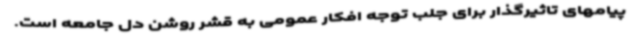
پیامهای تاثیرگذار برای جلب توجه افکار عمومی به قشر روشن دل جامعه است.